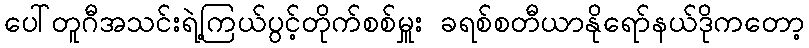
ပေါ်တူဂီအသင်းရဲ့ကြယ်ပွင့်တိုက်စစ်မှူး ခရစ်စတီယာနိုရော်နယ်ဒိုကတော့